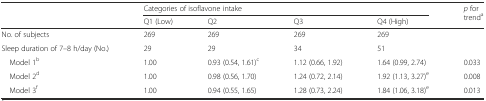
| <ROWSPAN=2>  | <COLSPAN=4> Categories of isoflavone intake | <ROWSPAN=2> p for trenda |
 | Q1 (Low) | Q2 | Q3 | Q4 (High) |
 | --- | --- | --- | --- | --- | --- |
 | No. of subjects | 269 | 269 | 269 | 269 |  |
 | Sleep duration of 7–8 h/day (No.) | 29 | 29 | 34 | 51 |  |
 | Model 1b | 1.00 | 0.93 (0.54, 1.61)c | 1.12 (0.66, 1.92) | 1.64 (0.99, 2.74) | 0.033 |
 | Model 2d | 1.00 | 0.98 (0.56, 1.70) | 1.24 (0.72, 2.14) | 1.92 (1.13, 3.27)e | 0.008 |
 | Model 3f | 1.00 | 0.94 (0.55, 1.65) | 1.28 (0.73, 2.24) | 1.84 (1.06, 3.18)e | 0.013 |